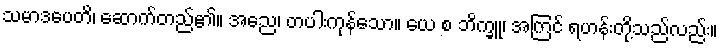
သမာဒပေတိ၊ ဆောက်တည်၏။ အညေ၊ တပါးကုန်သော။ ယေ စ ဘိက္ခူ၊ အကြင် ရဟန်းတို့သည်လည်း။